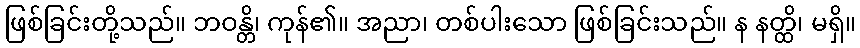
ဖြစ်ခြင်းတို့သည်။ ဘဝန္တိ၊ ကုန်၏။ အညာ၊ တစ်ပါးသော ဖြစ်ခြင်းသည်။ န နတ္ထိ၊ မရှိ။